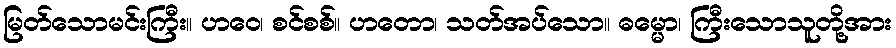
မြတ်သောမင်းကြီး။ ဟဝေ၊ စင်စစ်။ ဟတော၊ သတ်အပ်သော။ ဓမ္မော၊ ကြီးသောသူတို့အား